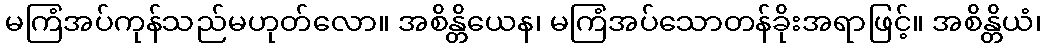
မကြံအပ်ကုန်သည်မဟုတ်လော။ အစိန္တိယေန၊ မကြံအပ်သောတန်ခိုးအရာဖြင့်။ အစိန္တိယံ၊